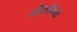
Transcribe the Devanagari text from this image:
जेकॉब्स